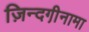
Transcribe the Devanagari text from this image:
ज़िन्दगी़नामा